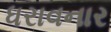
ધરાવનાર